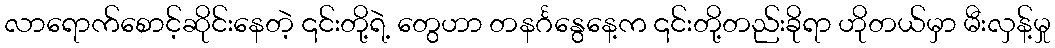
လာရောက်စောင့်ဆိုင်းနေတဲ့ ၎င်းတို့ရဲ့ တွေဟာ တနင်္ဂနွေနေ့က ၎င်းတို့တည်းခိုရာ ဟိုတယ်မှာ မီးလှန့်မှု